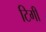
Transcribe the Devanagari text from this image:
टिगी